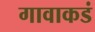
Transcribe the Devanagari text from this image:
गावाकडं